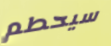
سيحطم